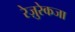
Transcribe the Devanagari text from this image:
रेज़ुरेकजा